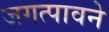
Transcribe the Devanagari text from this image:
जगत्पावने